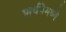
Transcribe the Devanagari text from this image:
प्रार्थनेमध्ये